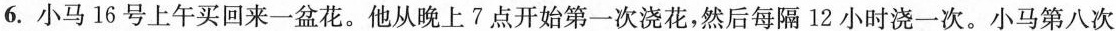
6.小马16号上午买回来一盆花。他从晚上7点开始第一次浇花，然后每隔l2小时浇一次。小马第八次